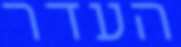
העדר